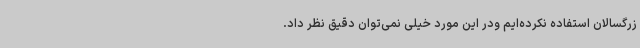
زرگسالان استفاده نکرده‌ایم ودر این مورد خیلی نمی‌توان دقیق نظر داد.‌